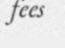
fees